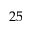
2 5